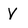
Character: V